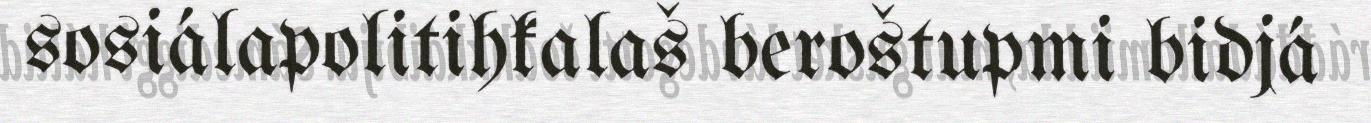
sosiálapolitihkalaš beroštupmi bidjá